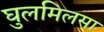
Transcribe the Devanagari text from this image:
घुलमिलसा